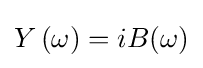
Y\left(\omega \right)=iB(\omega )